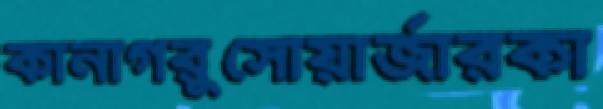
কানাগরুসোয়ার্জারকা